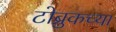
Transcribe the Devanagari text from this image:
टोब्रुकच्या